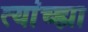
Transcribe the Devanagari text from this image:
त्यांच्ह्या